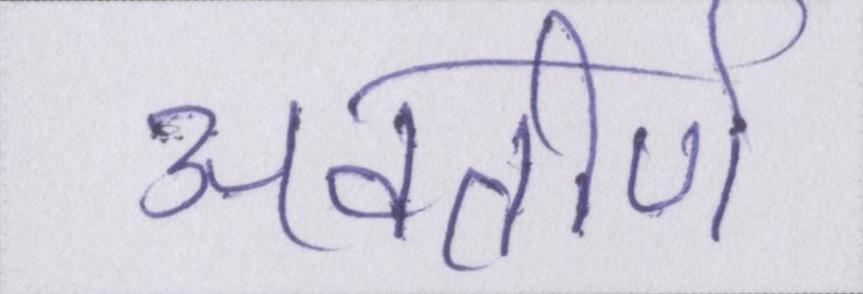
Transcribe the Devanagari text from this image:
अवतीर्ण